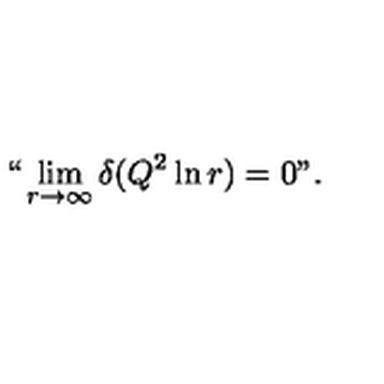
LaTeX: ` ` \lim _ { r \rightarrow \infty } \delta ( Q ^ { 2 } \ln r ) = 0 " .